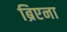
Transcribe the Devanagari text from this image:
ब्रिएना